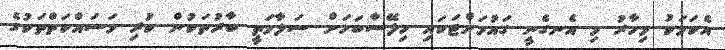
އެކަމަކު މިހާރު މި އެނގެނީ ގައުމަށްޓަކައި ހިލޭސާބަހަށް ސަލާމަތީ ބާރުތަކުން ކުރި މަސައްކަތްތަކުގެ